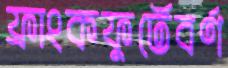
ফ্রাংকফুর্টেবর্ণ